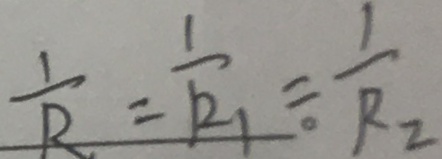
\frac { 1 } { R } = \frac { 1 } { R _ { 1 } } = \frac { 1 } { R _ { 2 } }